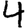
Digit: 4